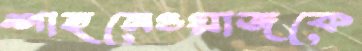
শাহনেওয়াজকে